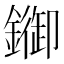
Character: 䥏